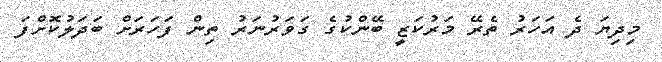
މިދިޔަ ދެ އަހަރު ތެރޭ މަރުކަޒީ ބޭންކުގެ ގަވަރުނަރު ތިން ފަހަރަށް ބަދަލުކޮށްފަ